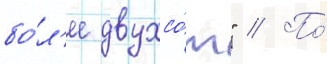
бо́л'ее двухсо́т" // По́